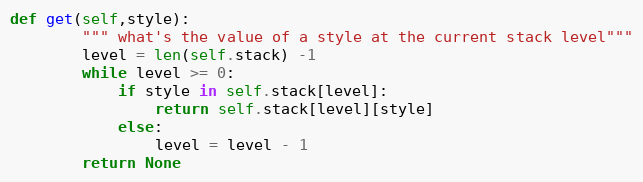
Language: Python
def get(self,style):
        """ what's the value of a style at the current stack level"""
        level = len(self.stack) -1
        while level >= 0:
            if style in self.stack[level]:
                return self.stack[level][style]
            else:
                level = level - 1
        return None